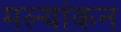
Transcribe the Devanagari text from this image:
मल्यांकन